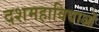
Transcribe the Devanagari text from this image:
दशमहाविद्याओं